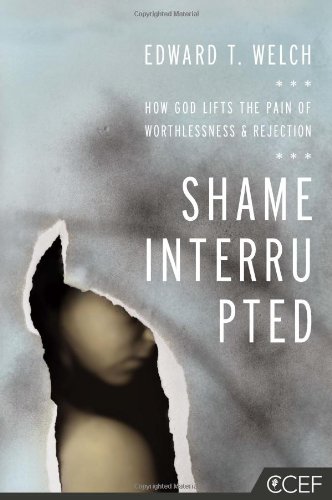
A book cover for Shame Interrupted: How God Lifts the Pain of Worthlessness and Rejection; Edward T. Welch; Christian Books & Bibles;